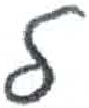
אות: ל